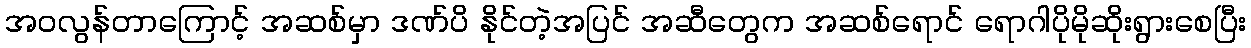
အဝလွန်တာကြောင့် အဆစ်မှာ ဒဏ်ပိ နိုင်တဲ့အပြင် အဆီတွေက အဆစ်ရောင် ရောဂါပိုမိုဆိုးရွားစေပြီး